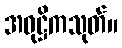
အဝုဋ္ဌိကသုတ်။